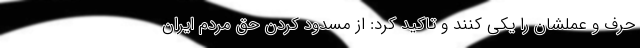
‌حرف و عملشان را یکی کنند و تاکید کرد: از مسدود کردن حق مردم ایران